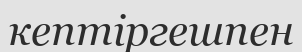
кептіргешпен